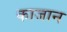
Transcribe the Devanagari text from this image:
काजान